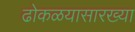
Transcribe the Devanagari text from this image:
ढोकळयासारख्या